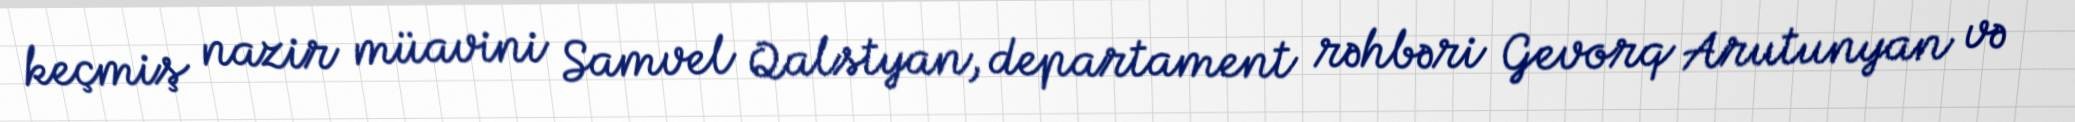
keçmiş nazir müavini Samvel Qalstyan, departament rəhbəri Gevorq Arutunyan və